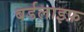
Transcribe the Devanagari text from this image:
बर्डलाइफ़